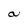
Character: a